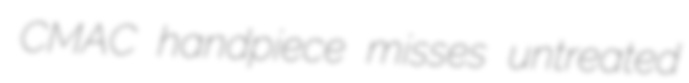
CMAC handpiece misses untreated